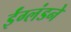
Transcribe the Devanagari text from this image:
ईंग्लंडने